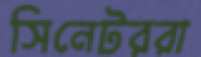
সিনেটররা